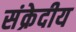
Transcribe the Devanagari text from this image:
संक्रेदीय